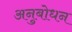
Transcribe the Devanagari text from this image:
अनुबोधन